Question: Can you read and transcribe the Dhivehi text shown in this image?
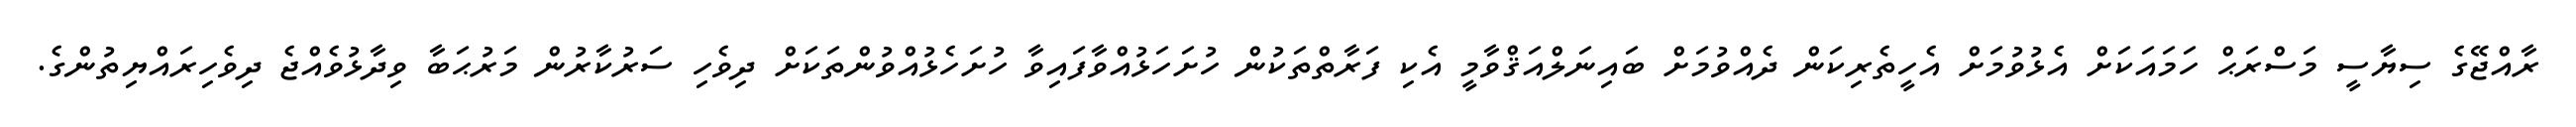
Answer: ރާއްޖޭގެ ސިޔާސީ މަސްރަޙް ހަމައަކަށް އެޅުވުމަށް އެހީތެރިކަން ދެއްވުމަށް ބައިނަލްއަޤްވާމީ އެކި ފަރާތްތަކުން ހުށަހަޅުއްވާފައިވާ ހުށަހެޅުއްވުންތަކަށް ދިވެހި ސަރުކާރުން މަރުޙަބާ ވިދާޅުވެއްޖެ ދިވެހިރައްޔިތުންގެ.